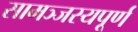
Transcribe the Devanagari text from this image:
सामञ्जस्यपूर्ण